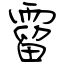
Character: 霤